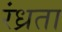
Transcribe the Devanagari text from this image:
रंध्रता